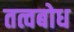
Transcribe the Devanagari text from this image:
तत्वबोध